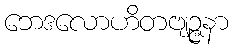
ဘေဒလောဟိတဗျဉ္ဇနာ